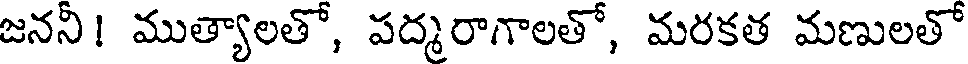
జనని! ముత్యాలతో, పద్మరాగాలతో, మరకత మణులతో